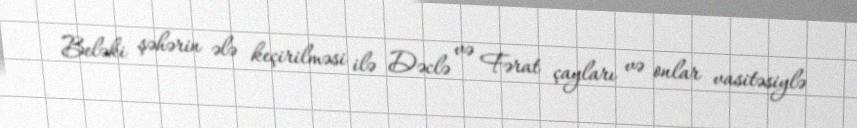
Beləki şəhərin ələ keçirilməsi ilə Dəclə və Fərat çayları və onlar vasitəsiylə